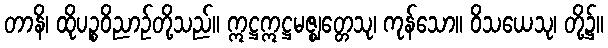
တာနိ၊ ထိုပဉ္စဝိညာဉ်တို့သည်။ ဣဋ္ဌဣဋ္ဌမဇ္ဈတ္တေသု၊ ကုန်သော။ ဝိသယေသု၊ တို့၌။